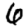
Digit: 6